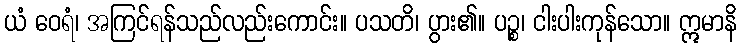
ယံ ဝေရံ၊ အကြင်ရန်သည်လည်းကောင်း။ ပသတိ၊ ပွား၏။ ပဉ္စ၊ ငါးပါးကုန်သော။ ဣမာနိ